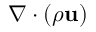
\nabla \cdot ( \rho \mathbf { u } )